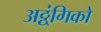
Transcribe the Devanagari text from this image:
अठ्ठ्ंगिको